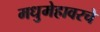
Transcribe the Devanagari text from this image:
मधुमेहावरचे